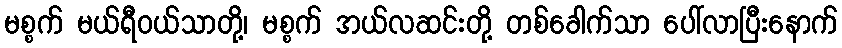
မစ္စက် မယ်ရီဝယ်သာတို့၊ မစ္စက် အယ်လဆင်းတို့ တစ်ခေါက်သာ ပေါ်လာပြီးနောက်